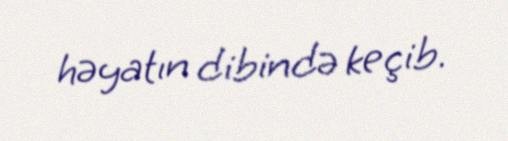
həyatın dibində keçib.